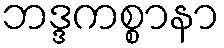
ဘဒ္ဒကစ္စာနာ